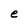
Character: e